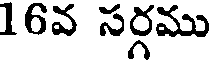
16వ సర్గము